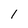
Character: l